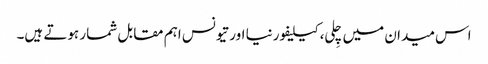
اس میدان میں چِلی، کیلیفورنیا اور تیونس اہم مقابل شمار ہوتے ہیں۔